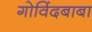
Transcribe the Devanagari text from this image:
गोविंदबाबा